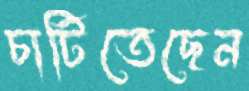
চাটিতেছেন